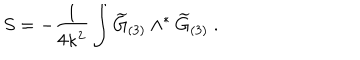
S = - { \frac { 1 } { 4 \kappa ^ { 2 } } } \int { \widetilde G } _ { ( 3 ) } \wedge ^ { * } { \widetilde G } _ { ( 3 ) } \ .